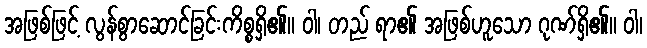
အဖြစ်ဖြင့် လွန်စွာဆောင်ခြင်းကိစ္စရှိ၏။ ဝါ၊ တည် ရာ၏ အဖြစ်ဟူသော ဂုဏ်ရှိ၏။ ဝါ၊